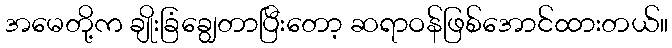
အမေတို့က ချိုးခြံချွေတာပြီးတော့ ဆရာဝန်ဖြစ်အောင်ထားတယ်။